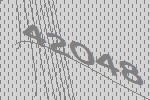
42048